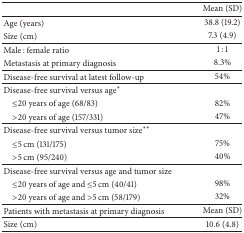
<table><thead><tr><td><b> </b></td><td><b>Mean (SD)</b></td></tr></thead><tbody><tr><td>Age (years)</td><td>38.8 (19.2)</td></tr><tr><td>Size (cm)</td><td>7.3 (4.9)</td></tr><tr><td>Male : female ratio</td><td>1 : 1</td></tr><tr><td>Metastasis at primary diagnosis</td><td>8.3%</td></tr><tr><td>Disease-free survival at latest follow-up </td><td>54%</td></tr><tr><td>Disease-free survival versus age<sup><i>∗</i></sup></td><td> </td></tr><tr><td> ≤20 years of age (68/83)</td><td>82%</td></tr><tr><td> &gt;20 years of age (157/331)</td><td>47%</td></tr><tr><td>Disease-free survival versus tumor size<sup><i>∗∗</i></sup></td><td> </td></tr><tr><td> ≤5 cm (131/175)</td><td>75%</td></tr><tr><td> &gt;5 cm (95/240)</td><td>40%</td></tr><tr><td>Disease-free survival versus age and tumor size</td><td> </td></tr><tr><td> ≤20 years of age and ≤5 cm (40/41)</td><td>98%</td></tr><tr><td> &gt;20 years of age and &gt;5 cm (58/179)</td><td>32%</td></tr><tr><td>Patients with metastasis at primary diagnosis</td><td>Mean (SD)</td></tr><tr><td>Size (cm)</td><td>10.6 (4.8)</td></tr></tbody></table>